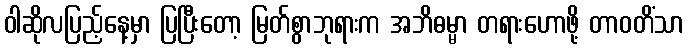
ဝါဆိုလပြည့်နေ့မှာ ပြပြီးတော့ မြတ်စွာဘုရားက အဘိဓမ္မာ တရားဟောဖို့ တာဝတိံသာ